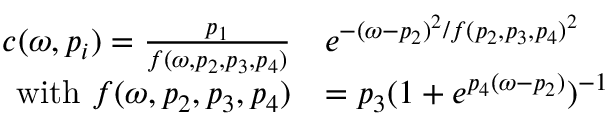
\begin{array} { r l } { c ( \omega , p _ { i } ) = \frac { p _ { 1 } } { f ( \omega , p _ { 2 } , p _ { 3 } , p _ { 4 } ) } } & { e ^ { - ( \omega - p _ { 2 } ) ^ { 2 } / f ( p _ { 2 } , p _ { 3 } , p _ { 4 } ) ^ { 2 } } } \\ { \mathrm { w i t h } ~ f ( \omega , p _ { 2 } , p _ { 3 } , p _ { 4 } ) } & { = p _ { 3 } ( 1 + e ^ { p _ { 4 } ( \omega - p _ { 2 } ) } ) ^ { - 1 } } \end{array}